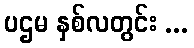
ပဌမ နှစ်လတွင်း ...